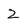
Character: Z